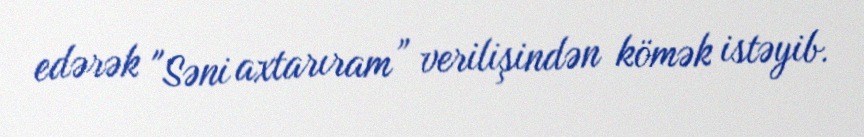
edərək "Səni axtarıram” verilişindən kömək istəyib.